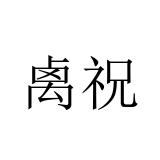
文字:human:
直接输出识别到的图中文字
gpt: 禼祝